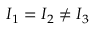
I _ { 1 } = I _ { 2 } \ne I _ { 3 }